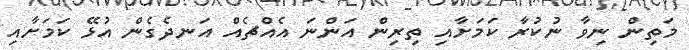
މަތިން ނިވާ ނުކުރާ ކަމަށާއި ތިރިން އަންނަ އެއްޗެއް އަނދެގެން އުޅޭ ކަމަށާއި